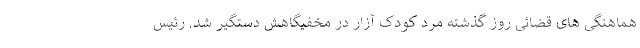
هماهنگی های قضائی روز گذشته مرد کودک آزار در مخفیگاهش دستگیر شد. رئیس